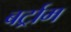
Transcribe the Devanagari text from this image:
बर्ट्राम